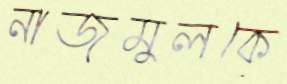
নাজমুলকে